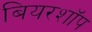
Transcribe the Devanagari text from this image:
बियरशॉप